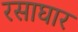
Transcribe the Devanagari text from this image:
रसाघार